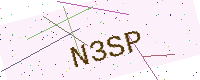
Text: N3SP